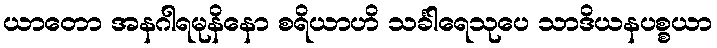
ယာတော အနဂါရမုနိနော စရိယာဟိ သင်္ခါရေသုပေ သာဒိယနပစ္စယာ